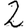
Digit: 2